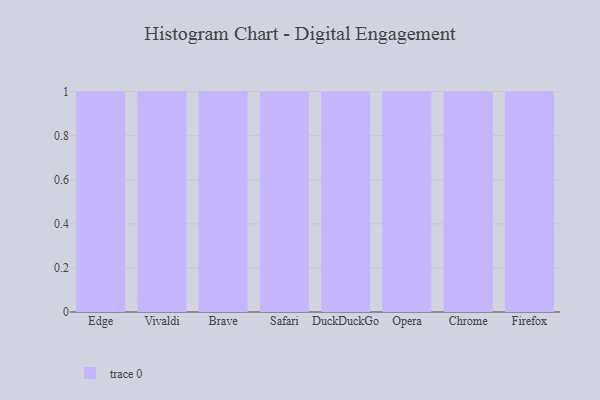
{"axis": {"x": "Browser", "y": "Temperature (°C)"}, "legend": [""], "data": [{"x": "Edge", "y": 66, "type": ""}, {"x": "Vivaldi", "y": 49, "type": ""}, {"x": "Brave", "y": 4, "type": ""}, {"x": "Safari", "y": 69, "type": ""}, {"x": "DuckDuckGo", "y": 63, "type": ""}, {"x": "Opera", "y": 97, "type": ""}, {"x": "Chrome", "y": 62, "type": ""}, {"x": "Firefox", "y": 66, "type": ""}]}